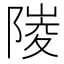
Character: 𨻎